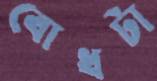
বোধটা